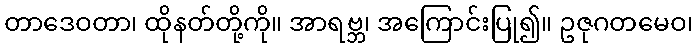
တာဒေဝတာ၊ ထိုနတ်တို့ကို။ အာရဗ္ဘ၊ အကြောင်းပြု၍။ ဥဇုဂတမေဝ၊